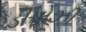
ડીપોઝી